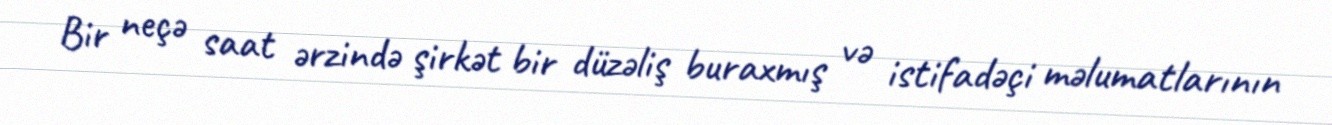
Bir neçə saat ərzində şirkət bir düzəliş buraxmış və istifadəçi məlumatlarının